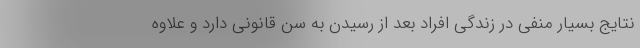
نتایج بسیار منفی در زندگی افراد بعد از رسیدن به سن قانونی دارد و علاوه